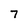
Character: 7